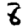
Digit: 8